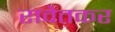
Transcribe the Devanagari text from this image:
रावेतकर